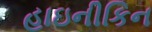
હાઇનીકિન